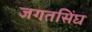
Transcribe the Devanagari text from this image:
जगतसिंघ